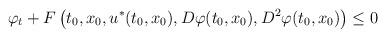
LaTeX: \begin{align*}\varphi_t + F\left(t_0,x_0,u^*(t_0,x_0),D\varphi(t_0,x_0),D^2 \varphi(t_0,x_0)\right)\leq 0\end{align*}